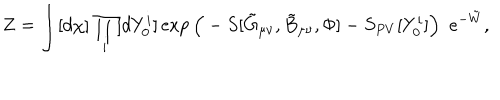
Z = \int [ d \chi ] \prod _ { i } [ d Y _ { 0 } ^ { i } ] \exp \Big ( - S [ \tilde { G } _ { \mu \nu } , \tilde { B } _ { \mu \nu } , \Phi ] - S _ { P V } [ Y _ { 0 } ^ { i } ] \Big ) \ \ e ^ { - \tilde { W } } , \nonumber \,